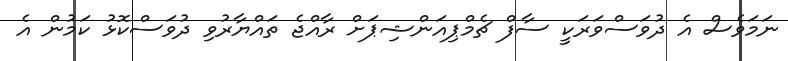
ނަމަވެސް އެ ދުވަސްވަރަކީ ސާފް ޗެމްޕިއަންޝިޕަށް ރާއްޖެ ތައްޔާރުވި ދުވަސްކޮޅުު ކަމުން އެ